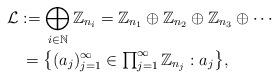
LaTeX: \begin{align*}\mathcal{L} & := \bigoplus_{i\in\mathbb{N}}\mathbb{Z}_{n_i} = \mathbb{Z}_{n_1} \oplus \mathbb{Z}_{n_2} \oplus \mathbb{Z}_{n_3} \oplus \cdots \\& \,= \big\{ (a_j)_{j=1}^{\infty}\in{\textstyle\prod_{j=1}^{\infty}\mathbb{Z}_{n_j}} : a_j \big\}, \end{align*}